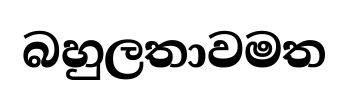
බහුලතාවමත